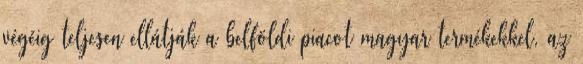
végéig teljesen ellátják a belföldi piacot magyar termékekkel, az